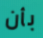
بأن